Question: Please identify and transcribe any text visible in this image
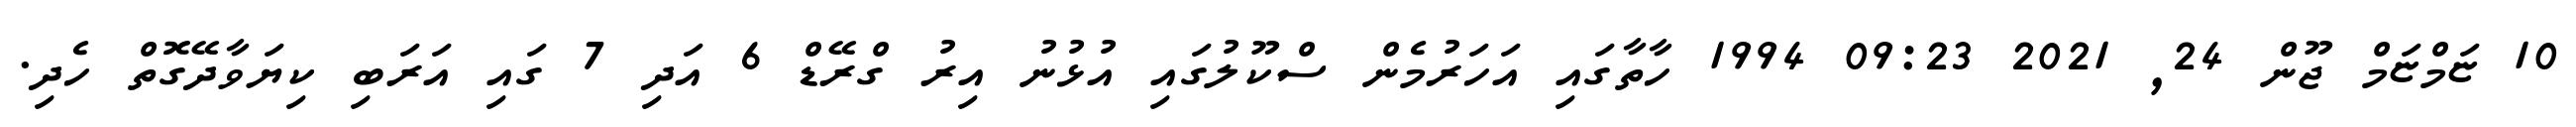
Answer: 10 ޏަމްޏަމް ޖޫން 24, 2021 09:23 1994 ހާތާގައި އަހަރުމެން ސްކޫލުގައި އުޅުނު އިރު ގްރޭޑް 6 އަދި 7 ގައި އަރަބި ކިޔަވާދޭގޮތް ހެދި.